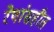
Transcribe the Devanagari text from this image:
रेषांसहीत